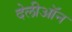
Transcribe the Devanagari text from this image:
देलीऑन